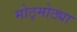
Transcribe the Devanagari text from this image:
मोठ्मोठ्या